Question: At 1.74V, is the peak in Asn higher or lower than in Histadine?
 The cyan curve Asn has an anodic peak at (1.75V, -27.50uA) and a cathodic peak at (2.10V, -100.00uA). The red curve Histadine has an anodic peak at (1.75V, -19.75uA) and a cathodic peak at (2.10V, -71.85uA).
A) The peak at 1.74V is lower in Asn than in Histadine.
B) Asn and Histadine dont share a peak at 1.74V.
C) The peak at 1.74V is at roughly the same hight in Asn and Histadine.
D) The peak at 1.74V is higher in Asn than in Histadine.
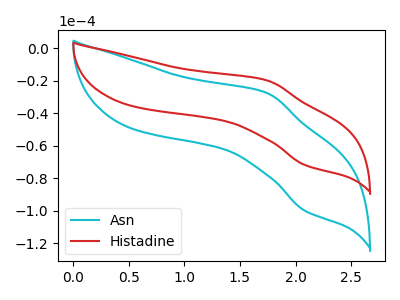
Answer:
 <answer>A) The peak at 1.74V is lower in "Asn" than in "Histadine".</answer>
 <eval>A</eval>